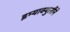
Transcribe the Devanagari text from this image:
इम्‍याक्‍युलीने